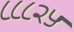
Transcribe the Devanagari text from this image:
८८८२५